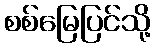
စစ်မြေပြင်သို့